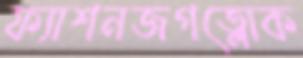
ফ্যাশনজগত্লোক